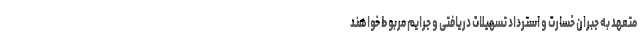
متعهد به جبران خسارت و استرداد تسهیلات دریافتی و جرایم مربوط خواهند